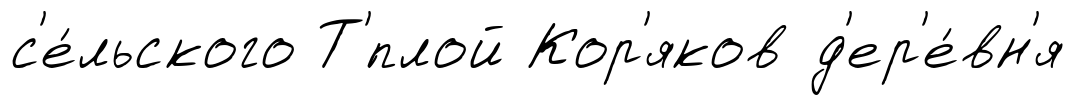
с'е́льского Т'́плой Кор'яков д'ер'е́вн'я